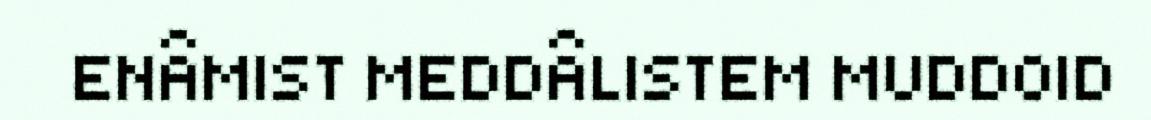
ENÂMIST MEDDÂLISTEM MUDDOID